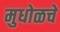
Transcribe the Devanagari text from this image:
मुधोळचे